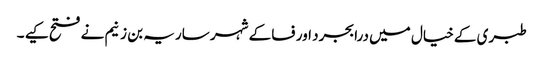
طبری کے خیال میں درابجرد اور فسا کے شہر ساریہ بن زنیم نے فتح کیے ۔